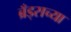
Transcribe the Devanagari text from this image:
ब्रँड्सच्या